Document type: Oath
Year: 1447
Scribe: Pere Figuerola
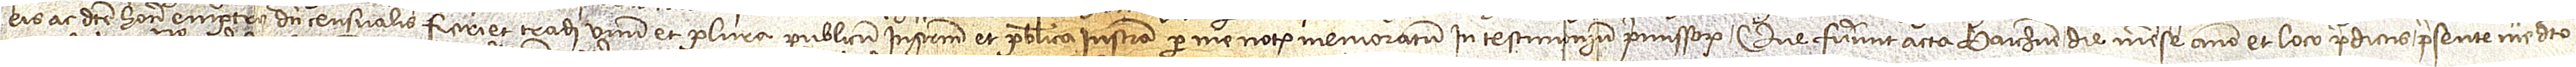
eis ac dicti honorabili emptrice dicti censualis fieri et tradi unum et plura publicum instrumentum et publica instrumenta per me notarium memoratum in testimonium premissorum.  Que fuerunt acta Barchinone die, mense, anno et loco predictis, presente me dicto